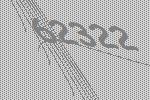
62322